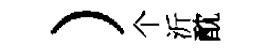
）个沂酖